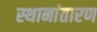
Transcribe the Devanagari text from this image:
स्थानांतारण